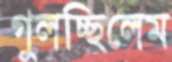
গুলচ্ছিলেম